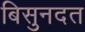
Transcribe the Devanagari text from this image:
बिसुनदत